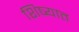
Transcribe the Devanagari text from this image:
शिष्यात